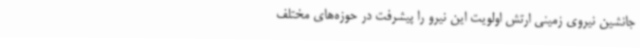
جانشین نیروی زمینی ارتش اولویت این نیرو را پیشرفت در حوزه‌های مختلف